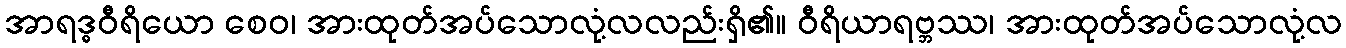
အာရဒ္ဓဝီရိယော စေဝ၊ အားထုတ်အပ်သောလုံ့လလည်းရှိ၏။ ဝီရိယာရဗ္ဘဿ၊ အားထုတ်အပ်သောလုံ့လ